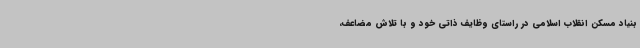
بنیاد مسکن انقلاب اسلامی در راستای وظایف ذاتی خود و با تلاش مضاعف،